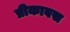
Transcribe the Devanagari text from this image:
प्रीकावस